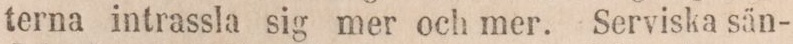
terna intrassla sig mer och mer. Serviska sän-